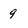
Character: 9